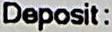
DEPOSIT :